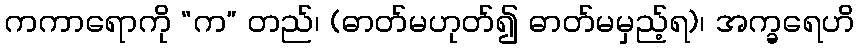
ကကာရောကို “က” တည်၊ (ဓာတ်မဟုတ်၍ ဓာတ်မမှည့်ရ)၊ အက္ခရေဟိ